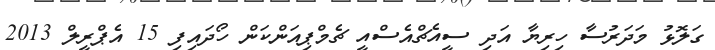
ގަލޮޅު މަދަރުސާ ހިރިޔާ އަދި ސީއެޗްއެސްއީ ޗެމްޕިއަންކަން ހޯދައިފި 15 އެޕްރީލް 2013